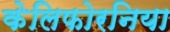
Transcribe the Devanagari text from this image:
केलिफोरनिया